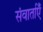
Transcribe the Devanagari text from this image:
संवार्ताएँ